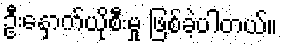
ဦးနှောက်ယိုစီးမှု ဖြစ်ခဲ့ပါတယ်။